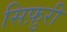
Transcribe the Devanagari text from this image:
सिफ़ुरी